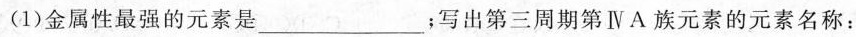
(1)金属性最强的元素是_________；写出第三周期第ⅣA族元素的元素名称：